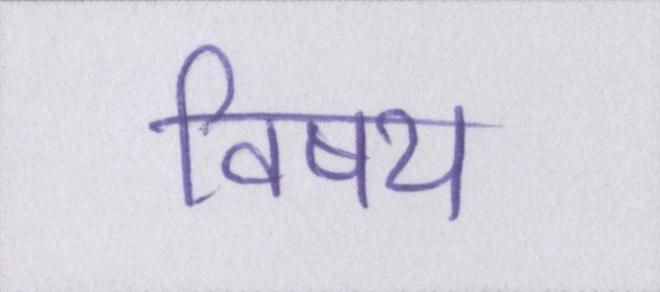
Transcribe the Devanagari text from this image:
विषय